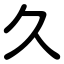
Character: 久